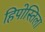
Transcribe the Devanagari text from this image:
हिपोस्तिला